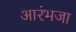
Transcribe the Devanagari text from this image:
आरंभजा